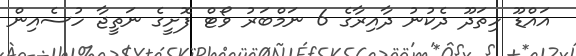
އައްޑޫ ހިތަދޫ ދެކުނު ދާއިރާގެ 6 ނަމްބަރު ވޯޓް ފޮށީގެ ނަތީޖާ ހުސެއިން